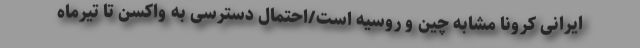
ایرانی کرونا مشابه چین و روسیه است/احتمال دسترسی به واکسن تا تیرماه